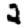
Digit: 2